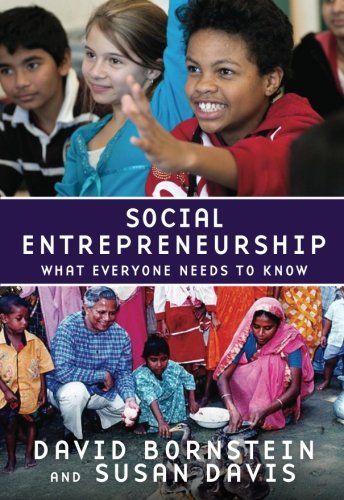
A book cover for Social Entrepreneurship: What Everyone Needs to KnowÂ®; David Bornstein; Business & Money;